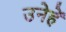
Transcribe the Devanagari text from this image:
उनेहें